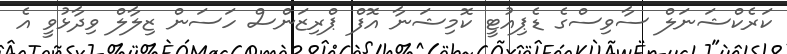
ކަރެކްޝަނަލް ސާވިސްގެ ޑެޕިއުޓީ ކޮމިޝަނާ އޮފް ޕްރިޒަންސް ހަސަން ޒިލާލް ވިދާޅުވީ އެ